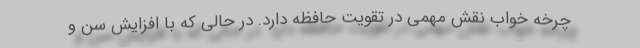
چرخه خواب نقش مهمی در تقویت حافظه دارد. در حالی که با افزایش سن و